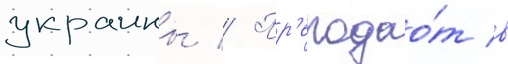
украины // Пр'еподао́т в